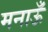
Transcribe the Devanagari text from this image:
मनाऊँ